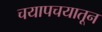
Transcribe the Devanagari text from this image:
चयापचयातून